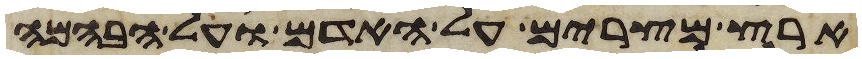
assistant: ארץ מצרים על האדם ועל הבהמה